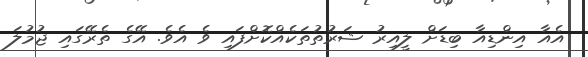
އެއާ އިންޑިއާ ބިޑަށް ލީއިރު ޝަރުތުތަކެއްކޮށްފައި ވެ އެވެ. އޭގެ ތެރޭގައި ޖުމުލަ